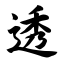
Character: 透